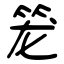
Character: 笼